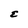
Character: E